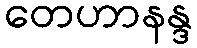
တေဟာနန္ဒ